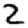
Digit: 2